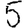
Digit: 5